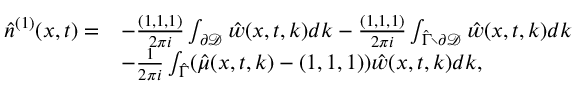
\begin{array} { r l } { \hat { n } ^ { ( 1 ) } ( x , t ) = } & { - \frac { ( 1 , 1 , 1 ) } { 2 \pi i } \int _ { \partial \mathcal { D } } \hat { w } ( x , t , k ) d k - \frac { ( 1 , 1 , 1 ) } { 2 \pi i } \int _ { \hat { \Gamma } \setminus \partial \mathcal { D } } \hat { w } ( x , t , k ) d k } \\ & { - \frac { 1 } { 2 \pi i } \int _ { \hat { \Gamma } } ( \hat { \mu } ( x , t , k ) - ( 1 , 1 , 1 ) ) \hat { w } ( x , t , k ) d k , } \end{array}